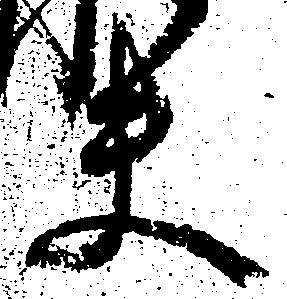
夫